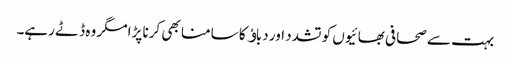
بہت سے صحافی بھائیوں کو تشدد اور دباﺅ کا سامنا بھی کرنا پڑا مگر وہ ڈٹے رہے۔